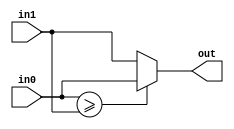
module max(in0, in1, out);
  input  signed [11:0] in0, in1;
  output reg signed [11:0] out;

  always@ (*) begin
    out = (in0 >= in1) ? in0 : in1;
  end
endmodule

module unsigned_max(in0, in1, out);
  input  [11:0] in0, in1;
  output reg [11:0] out;

  always@ (*) begin
    out = (in0 >= in1) ? in0 : in1;
  end
endmodule